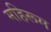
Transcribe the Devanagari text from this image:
महिरूम